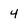
Character: 4